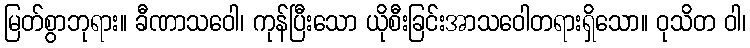
မြတ်စွာဘုရား။ ခီဏာသဝေါ၊ ကုန်ပြီးသော ယိုစီးခြင်းအာသဝေါတရားရှိသော။ ဝုသိတ ဝါ၊